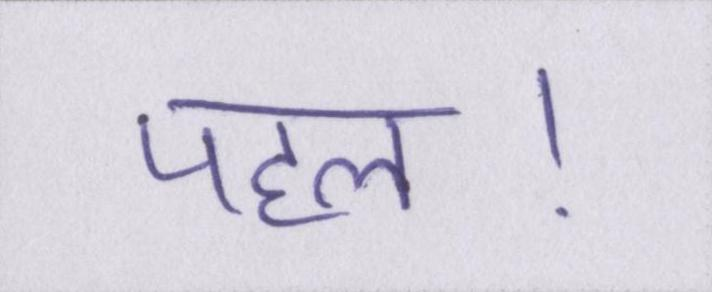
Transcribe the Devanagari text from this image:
पहल।